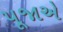
પૂજાએ